Indian journal of veterinary science and animal husbandry - Volumes 26-27, 1956-1957
Year: 1956
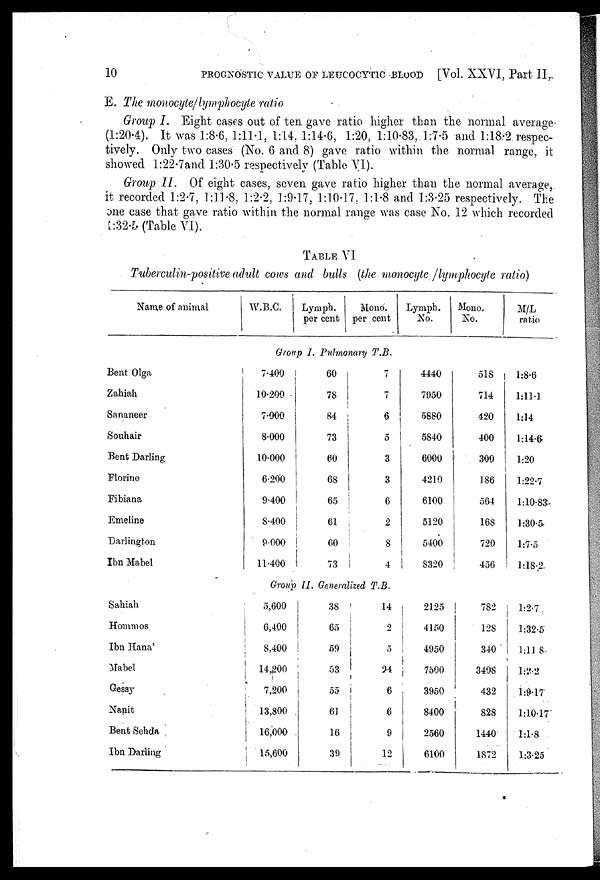
10 PROGNOSTIC VALUE OF LEUCOCYTIC BLOOD [Vol. XXVI, Part II.
E. The monocyte/lymphocyte ratio
Group I. Eight cases out of ten gave ratio higher than the normal average
(1:20.4). It was 1:8.6, 1:11.1, 1:14, 1:14.6, 1:20, 1:10.83, 1:7.5 and 1:18.2 respec-
tively. Only two cases (No. 6 and 8) gave ratio within the normal range, it
showed l:22.7 and 1:30.5 respectively (Table VI).
Group II. Of eight cases, seven gave ratio higher than the normal average,
it recorded 1:2.7, 1:11.8, 1:2.2, 1:9.17. 1:10.17, 1:1.8 and 1:3.25 respectively. The
one case that gave ratio within the normal range was case No. 12 which recorded
1:32.5 (Table VI).
TABLE VI
Tuberculin-positive adult cows and bulls (the monocyte /lymphocyte ratio)
Name of animal
Bent Olga
Zahiah
Sananeer
Souhair
Bent Darling
Florine
Fibiana
Emeline
Darlington
Ibn Mabel
W.B.C.
Lymph.
per cent
Mono.
per cent
Group I. Pulmonary T.B.
7.400
10.200
7.000
8.000
10.000
6.200
9.400
8.400
9.000
11.400
60
78
84
73
60
68
65
61
60
73
7
7
6
5
3
3
6
2
8
4
Lymph.
No.
4440
7950
5880
5840
6000
4210
6100
5120
5400
8320
Mono.
No.
518
714
420
400
300
186
564
168
720
456
M/L
ratio
1:8.6
1:11.1
1:14
1:14.6
1:20
1:22.7
1:10.83
1:30.5
1:7.5
1:18.2
Group II. Generalized T.B.
Sahiah
Hommos
Ibn Hana
Mabel
Gessy
Nanit
Bent Sehda
Ibn Darling
5,600
6,400
8,400
14,200
7,200
13,800
16,000
15,600
38
65
59
53
55
61
16
39
14
2
5
24
6
6
9
12
2125
4150
4950
7500
3950
8400
2560
6100
782
128
340
3408
432
828
1440
1872
1:2.7
1:32.5
1:11 8
1:2.2
1:9.17
1:10.17
1:1.8
1:3.25